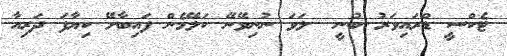
ޓެކްސީ ޑްރައިވަރު ބުނީ  ލަވަ ނުނިވޭނޭ ކަލޭމެން ފައިބާށޭ ކިޔާފަ ދަރިއާ